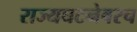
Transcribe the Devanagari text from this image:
राज्यघटनेवरच